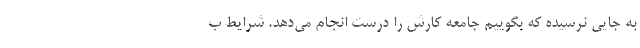
به جایی نرسیده که بگوییم جامعه کارش را درست انجام می‌دهد. شرایط ب